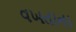
વખતાના